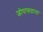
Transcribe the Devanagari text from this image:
जोपासताना